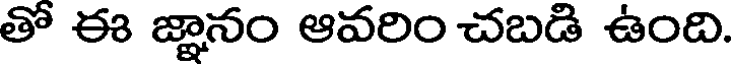
తో ఈ జ్ఞానం ఆవరిం చబడి ఉంది.